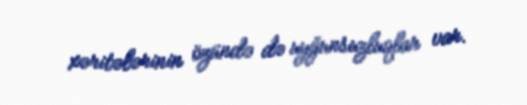
xəritələrinin özündə də uyğunsuzluqlar var.